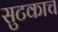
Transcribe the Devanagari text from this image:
सुटकाच